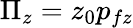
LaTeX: \Pi_{z}=z_{0}p_{fz}